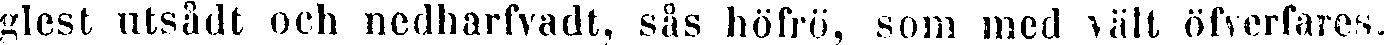
glest utsådt och nedharfvadt, sås höfrö, som med vält öfverfares.